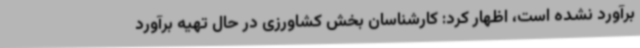
برآورد نشده است، اظهار کرد: کارشناسان بخش کشاورزی در حال تهیه برآورد